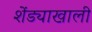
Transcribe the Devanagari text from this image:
शेंड्याखाली